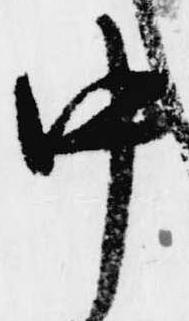
中